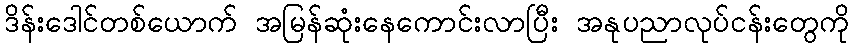
ဒိန်းဒေါင်တစ်ယောက် အမြန်ဆုံးနေကောင်းလာပြီး အနုပညာလုပ်ငန်းတွေကို